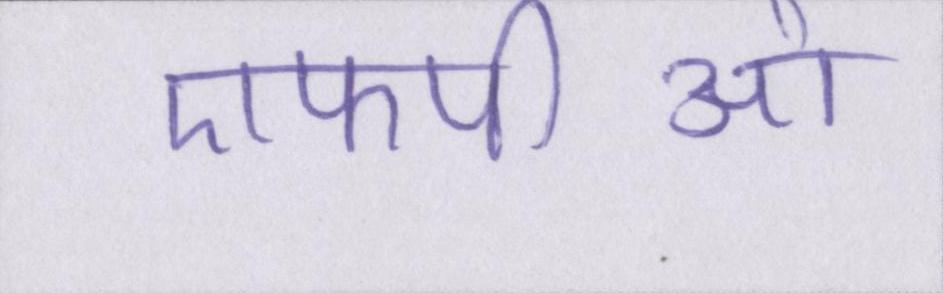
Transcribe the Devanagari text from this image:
एफपीओ